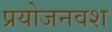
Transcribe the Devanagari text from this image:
प्रयोजनवश